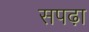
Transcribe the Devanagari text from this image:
सपढ़ा